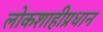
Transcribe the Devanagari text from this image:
लोकशाहीप्रधान